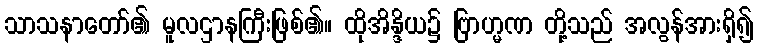
သာသနာတော်၏ မူလဌာနကြီးဖြစ်၏။ ထိုအိန္ဒိယ၌ ဗြာဟ္မဏ တို့သည် အလွန်အားရှိ၍